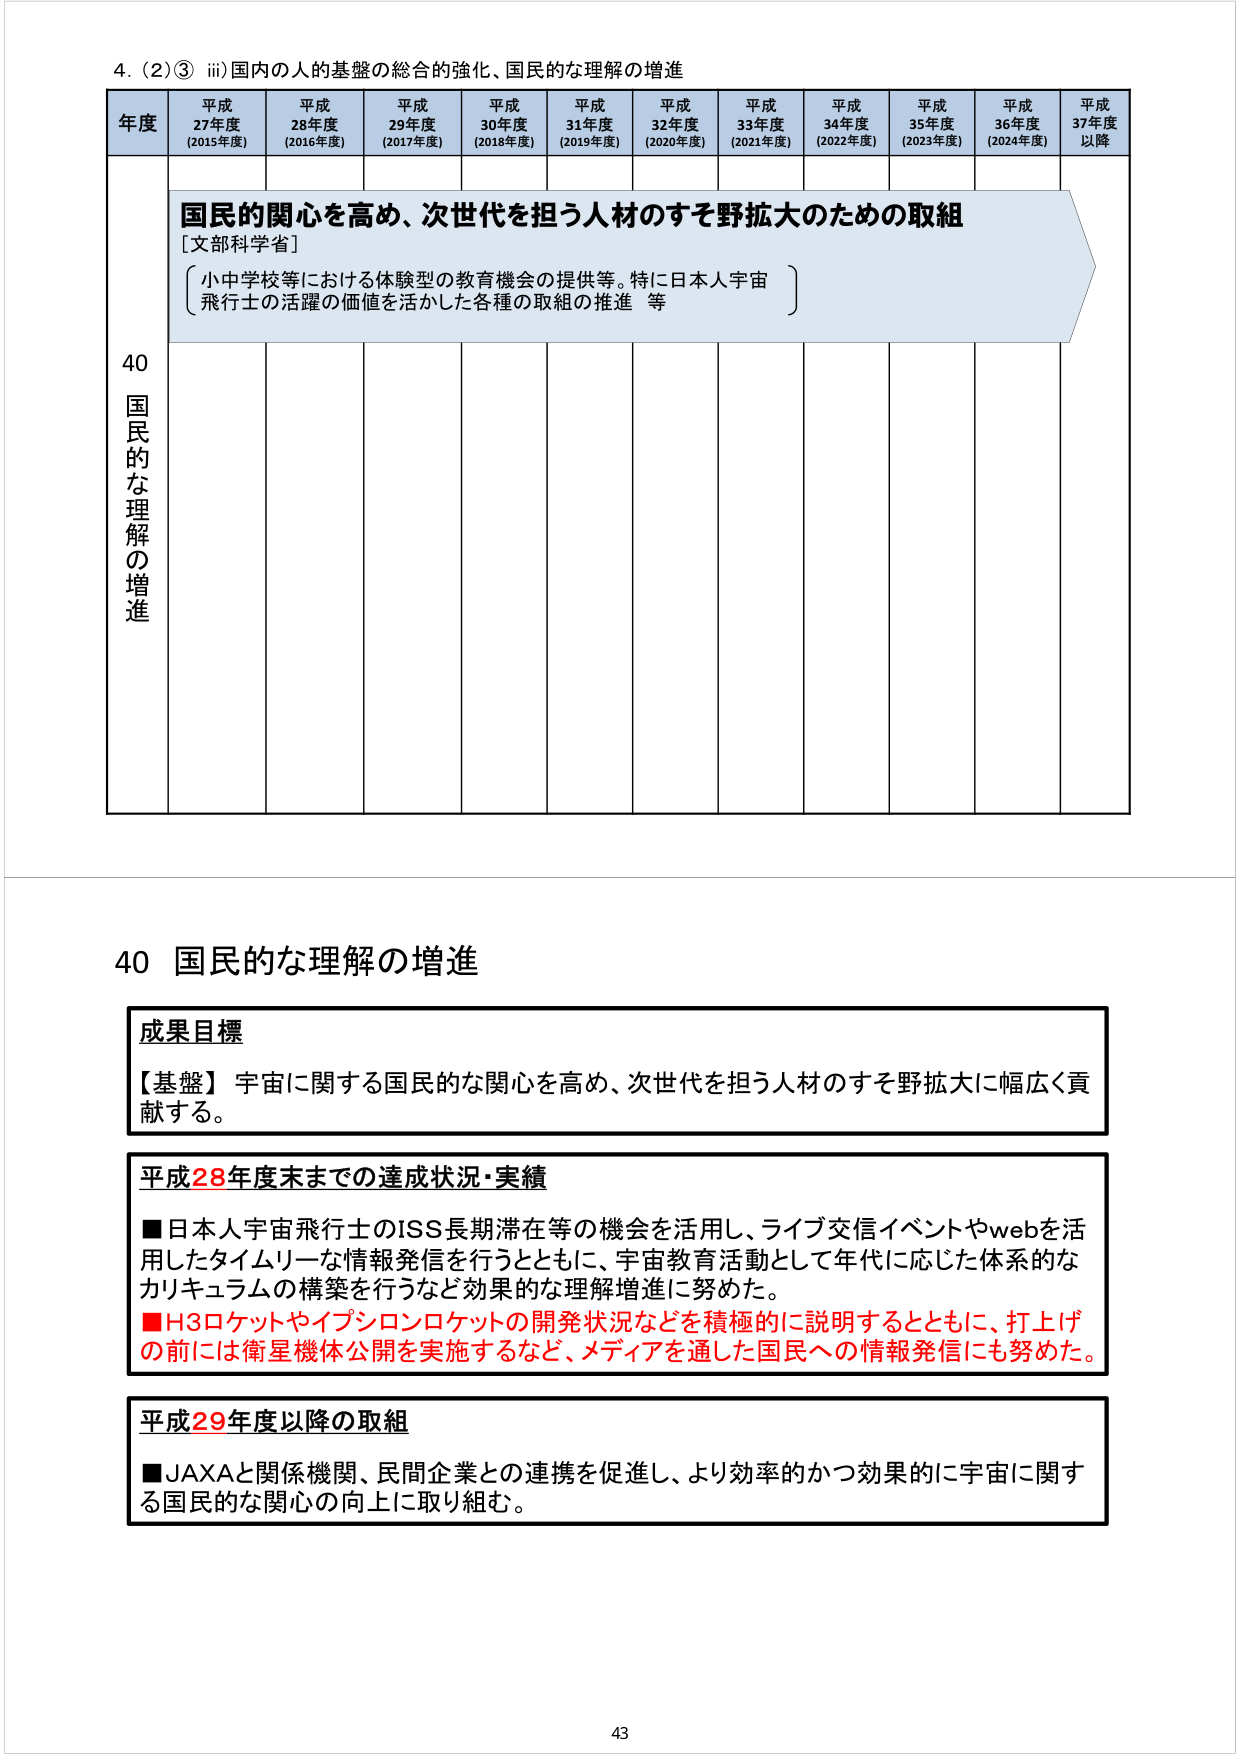
4. (2)③ iii) 国内の人の基盤の総合的強化、国民的な理解の増進

年度 平成27年度 (2015年度) 平成28年度 (2016年度) 平成29年度 (2017年度) 平成30年度 (2018年度) 平成31年度 (2019年度) 平成32年度 (2020年度) 平成33年度 (2021年度) 平成34年度 (2022年度) 平成35年度 (2023年度) 平成36年度 (2024年度) 平成37年度以降

40 国民的な理解の増進

国民的関心を高め、次世代を担う人材のすそ野拡大のための取組
[文部科学省]
小中学校等における体験型の教育機会の提供等。特に日本人宇宙飛行士の活躍の価値を活かした各種の取組の推進 等

40 国民的な理解の増進

成果目標
【基盤】宇宙に関する国民的な関心を高め、次世代を担う人材のすそ野拡大に幅広く貢献する。

平成28年度末までの達成状況・実績
■日本人宇宙飛行士のISS長期滞在等の機会を活用し、ライブ交信イベントやwebを活用したタイムリーな情報発信を行うとともに、宇宙教育活動として年代に応じた体系的なカリキュラムの構築を行うなど効果的な理解増進に努めた。
■H3ロケットやイプシロンロケットの開発状況などを積極的に説明するとともに、打上げの前には衛星機体公開を実施するなど、メディアを通した国民への情報発信にも努めた。

平成29年度以降の取組
■JAXAと関係機関、民間企業との連携を促進し、より効率的かつ効果的に宇宙に関する国民的な関心の向上に取り組む。

43